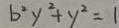
b ^ { 2 } y ^ { 2 } + y ^ { 2 } = 1